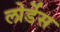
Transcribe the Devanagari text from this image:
लोर्डेस